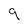
Character: 9